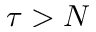
\tau > N